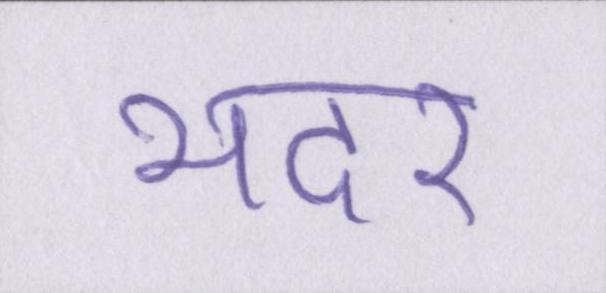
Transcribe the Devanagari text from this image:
भदर